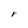
Character: r